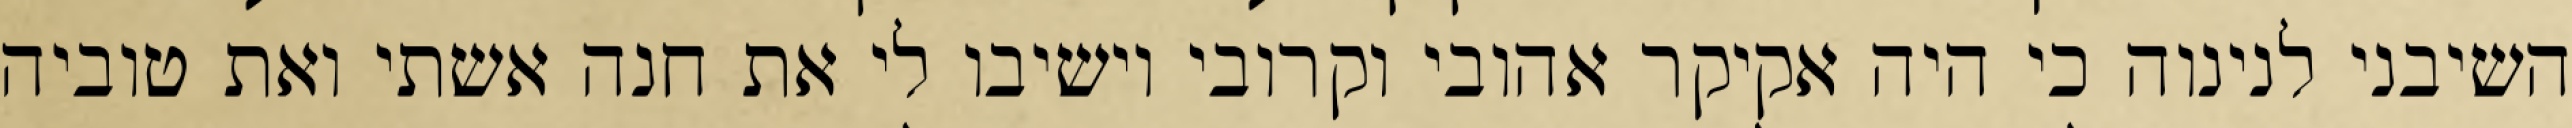
השיבני לנינוה כי היה אקיקר אהובי וקרובי וישיבו לי את חנה אשתי ואת טוביה